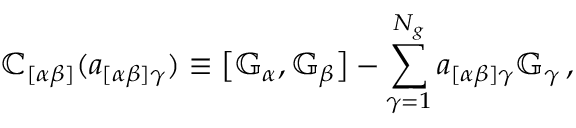
\mathbb { C } _ { [ \alpha \beta ] } ( a _ { [ \alpha \beta ] \gamma } ) \equiv \bigl [ \mathbb { G } _ { \alpha } , \mathbb { G } _ { \beta } \bigr ] - \sum _ { \gamma = 1 } ^ { N _ { g } } a _ { [ \alpha \beta ] \gamma } \mathbb { G } _ { \gamma } \, ,